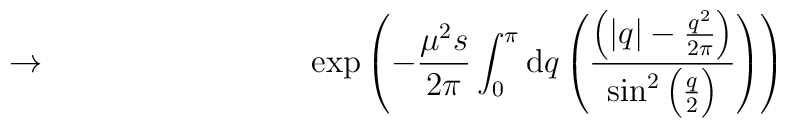
\to\qquad\qquad\qquad\qquad \exp\left(-\frac{\mu^2s}{2\pi}\int_0^\pi	\mathrm{d}q\left(\frac{\left(\left|q\right|-\frac{q^2}{2\pi}\right)}	{\sin^2\left(\frac{q}{2}\right)}\right)\right)